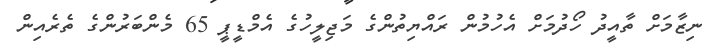
ނިޒާމަށް ތާއީދު ހޯދުމަށް އެހުމުން ރައްޔިތުންގެ މަޖިލީހުގެ އެމްޑީޕީ 65 މެންބަރުންގެ ތެރެއިން